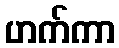
ဟက်ကာ